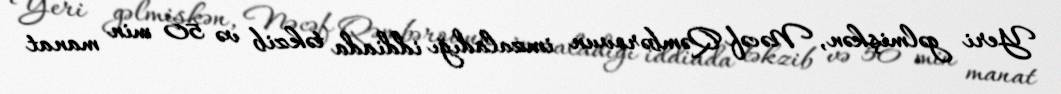
Yeri gəlmişkən, Nəcəf Qəmbərovun imzaladığı iddiada təkzib və 50 min manat